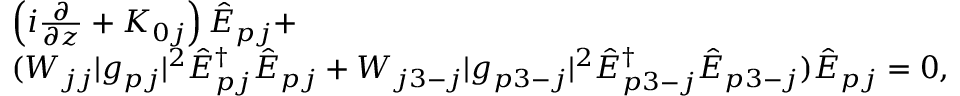
\begin{array} { r l } & { \left( i \frac { \partial } { \partial z } + K _ { 0 j } \right) \hat { E } _ { p j } + } \\ & { ( W _ { j j } | g _ { p j } | ^ { 2 } \hat { E } _ { p j } ^ { \dag } \hat { E } _ { p j } + W _ { j 3 - j } | g _ { p 3 - j } | ^ { 2 } \hat { E } _ { p 3 - j } ^ { \dag } \hat { E } _ { p 3 - j } ) \hat { E } _ { p j } = 0 , } \end{array}